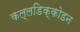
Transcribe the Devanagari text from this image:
कल्लडिक्कोडन